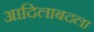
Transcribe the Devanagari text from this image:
आदिलाबदला